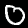
Label: 0